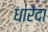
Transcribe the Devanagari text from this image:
धारेंदा